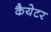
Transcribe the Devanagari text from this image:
कैयेटर